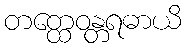
တတ္ထေဝန္တရဓာယိ